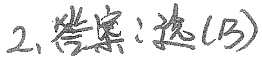
2、答案：选\textcircled{B}